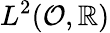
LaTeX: L^{2}(\mathcal{O},\mathbb{R})